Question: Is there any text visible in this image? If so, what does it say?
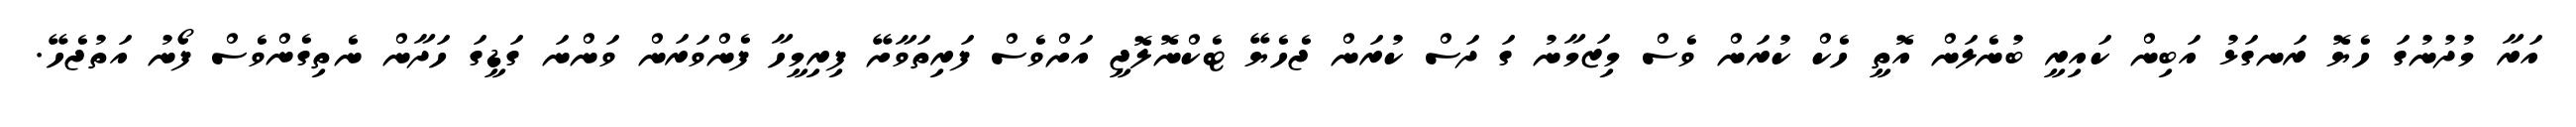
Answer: އަރާ މުދުނުގަ ހެޔޮ ރަނގަޅު އަބިން ކައިރީ ބުނެލަން އޮތީ ހެކް ކުރަން ވެސް މިޒަމާނު ގަ ދަސް ކުރަން ޖެހެޔޭ ޓެކްނޮލޮޖީ އަށްވެސް ފަރިތަވާށޭ ފިރިމީހާ ފެންވަރަން ވަންނަ ގަޑީގަ ހަދާން ނެތިގެންވެސް ފޯނު އަތުޖެހޭ.